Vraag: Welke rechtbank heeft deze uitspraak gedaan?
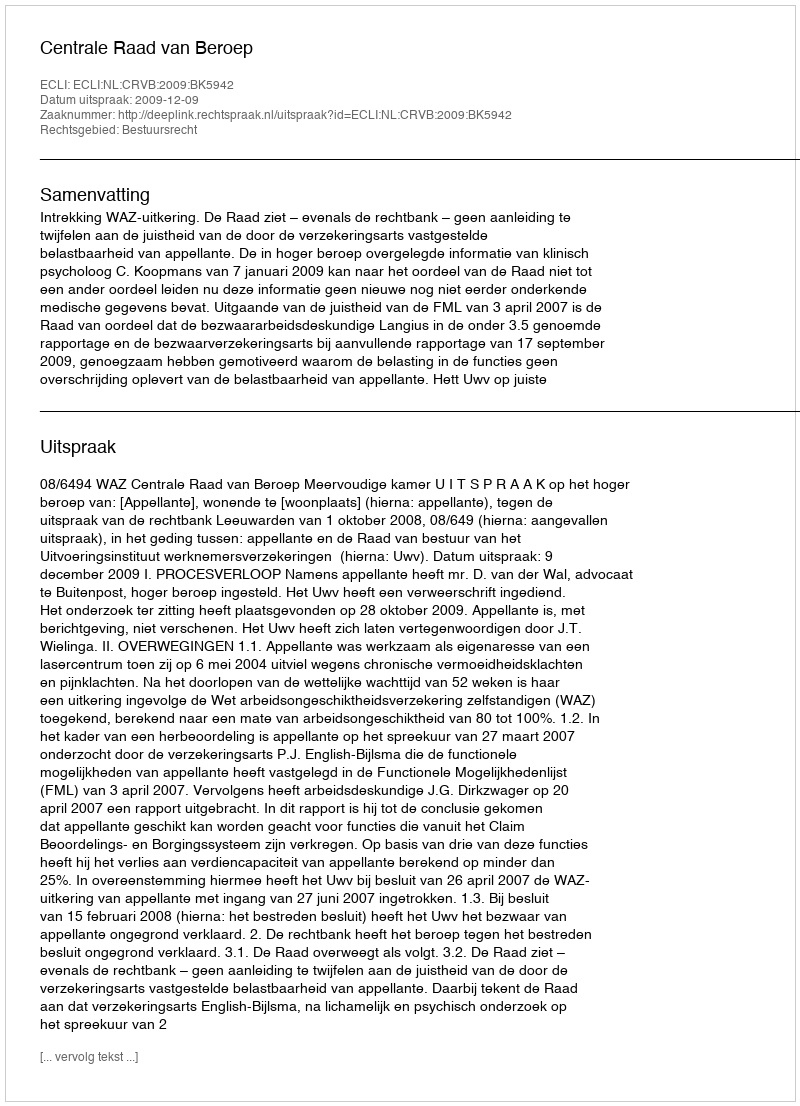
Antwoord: Centrale Raad van Beroep